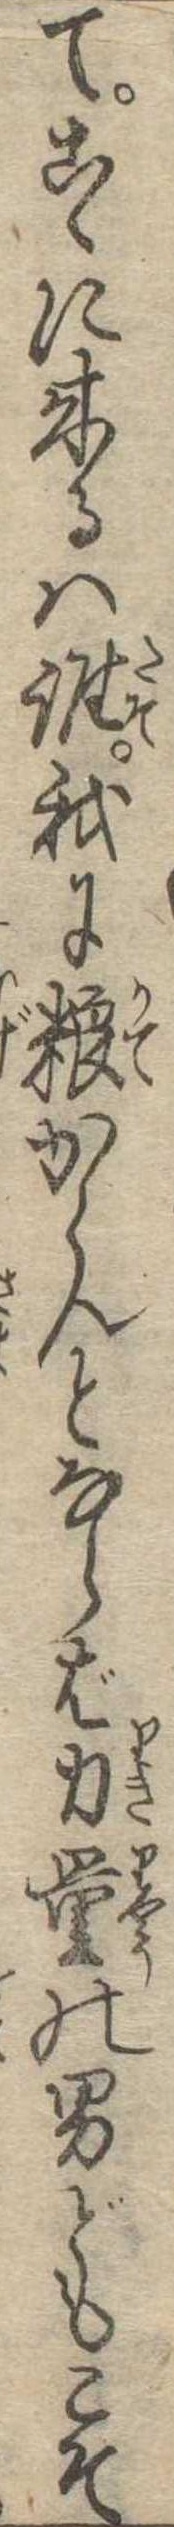
てこゝに来るは誰我に糧からんとならば力量の男どもこそ